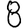
Digit: 8